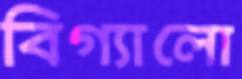
বিগ্যালো